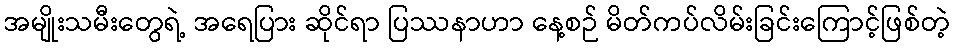
အမျိုးသမီးတွေရဲ့ အရေပြား ဆိုင်ရာ ပြဿနာဟာ နေ့စဉ် မိတ်ကပ်လိမ်းခြင်းကြောင့်ဖြစ်တဲ့